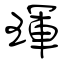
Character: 琿